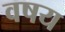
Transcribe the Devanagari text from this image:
वषय